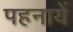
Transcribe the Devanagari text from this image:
पहनायें